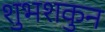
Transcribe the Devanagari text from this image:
शुभशकुन